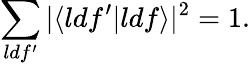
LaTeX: \sum_{ldf^{\prime}}|\langle{ldf^{\prime}}|{ldf}\rangle|^{2}=1.